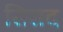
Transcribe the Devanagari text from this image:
सिसद